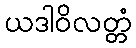
ယဒါဝိလတ္တံ